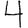
Digit: 4